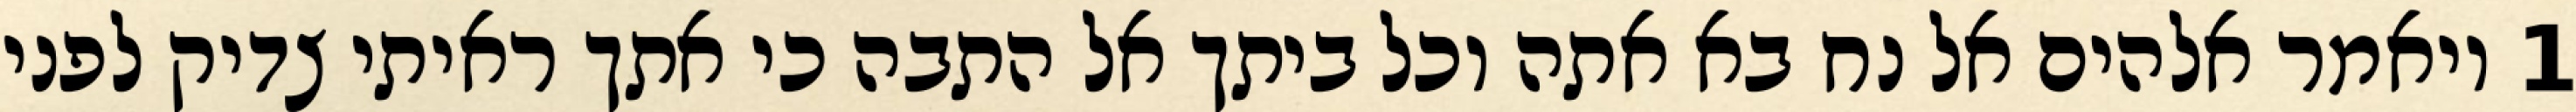
1 ויאמר אלהים אל נח בא אתה וכל ביתך אל התבה כי אתך ראיתי צדיק לפני